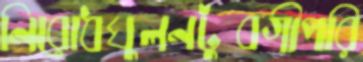
নিরোধঘুলনটুবগীপরি